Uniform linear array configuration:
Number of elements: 64
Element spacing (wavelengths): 0.25
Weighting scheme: cosine
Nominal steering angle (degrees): -15
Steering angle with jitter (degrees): -15.992
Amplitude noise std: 0.05
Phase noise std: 0.05

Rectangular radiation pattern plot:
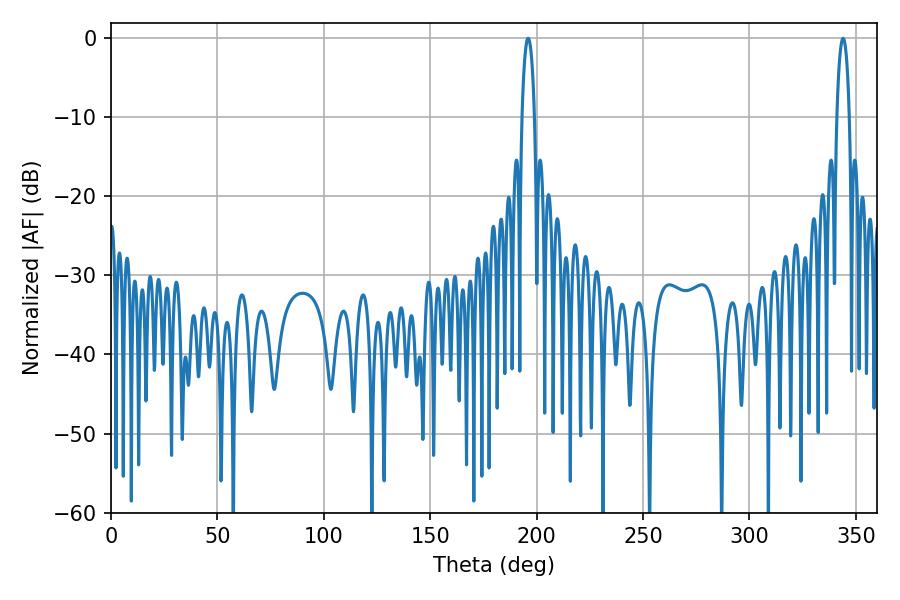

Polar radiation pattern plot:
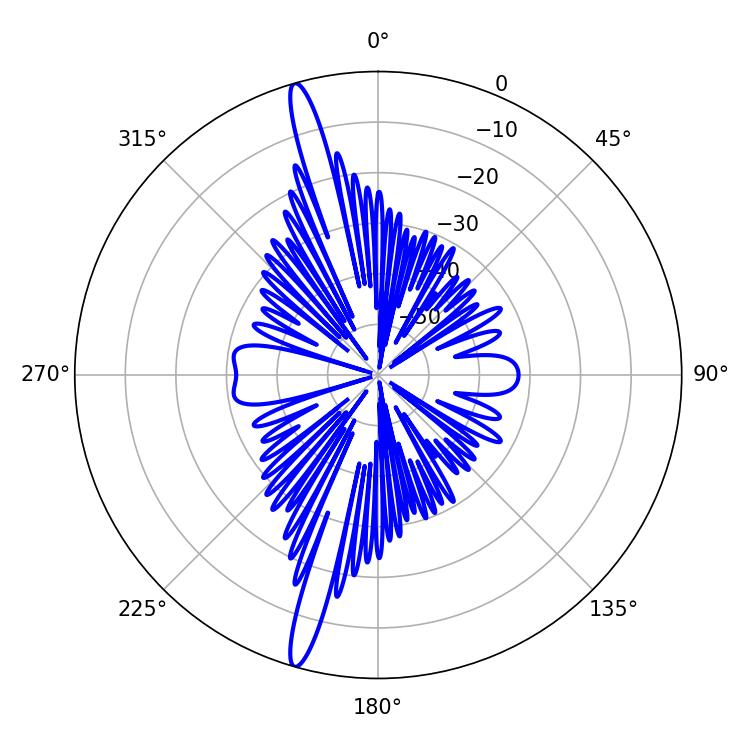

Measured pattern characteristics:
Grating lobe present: FALSE
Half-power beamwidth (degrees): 3.24
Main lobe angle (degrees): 196.02